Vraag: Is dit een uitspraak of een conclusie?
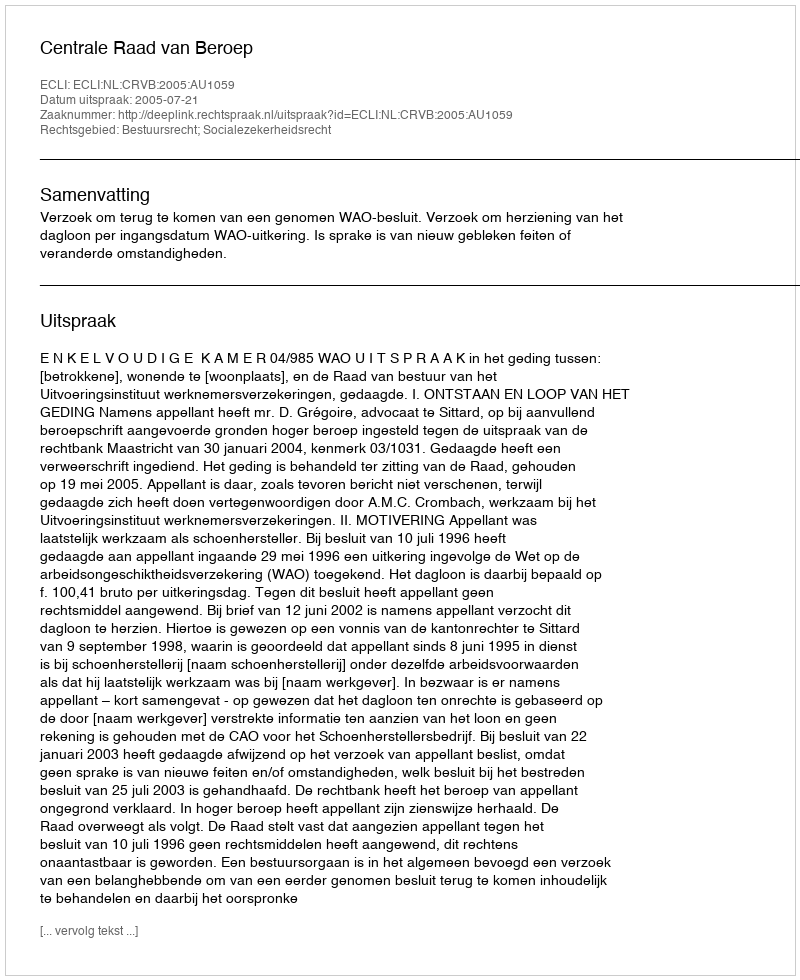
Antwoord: Uitspraak